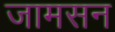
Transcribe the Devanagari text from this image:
जामसन